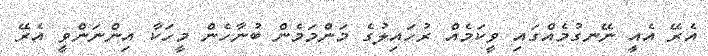
އެރޭ އެއީ ނޭނގުމެއްގައި ވީކަމެއް ރުހައިލުގެ މަންމަމެން ބުނާހެން މީހަކާ އިންނަންވީ އެރޭ